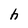
Character: h